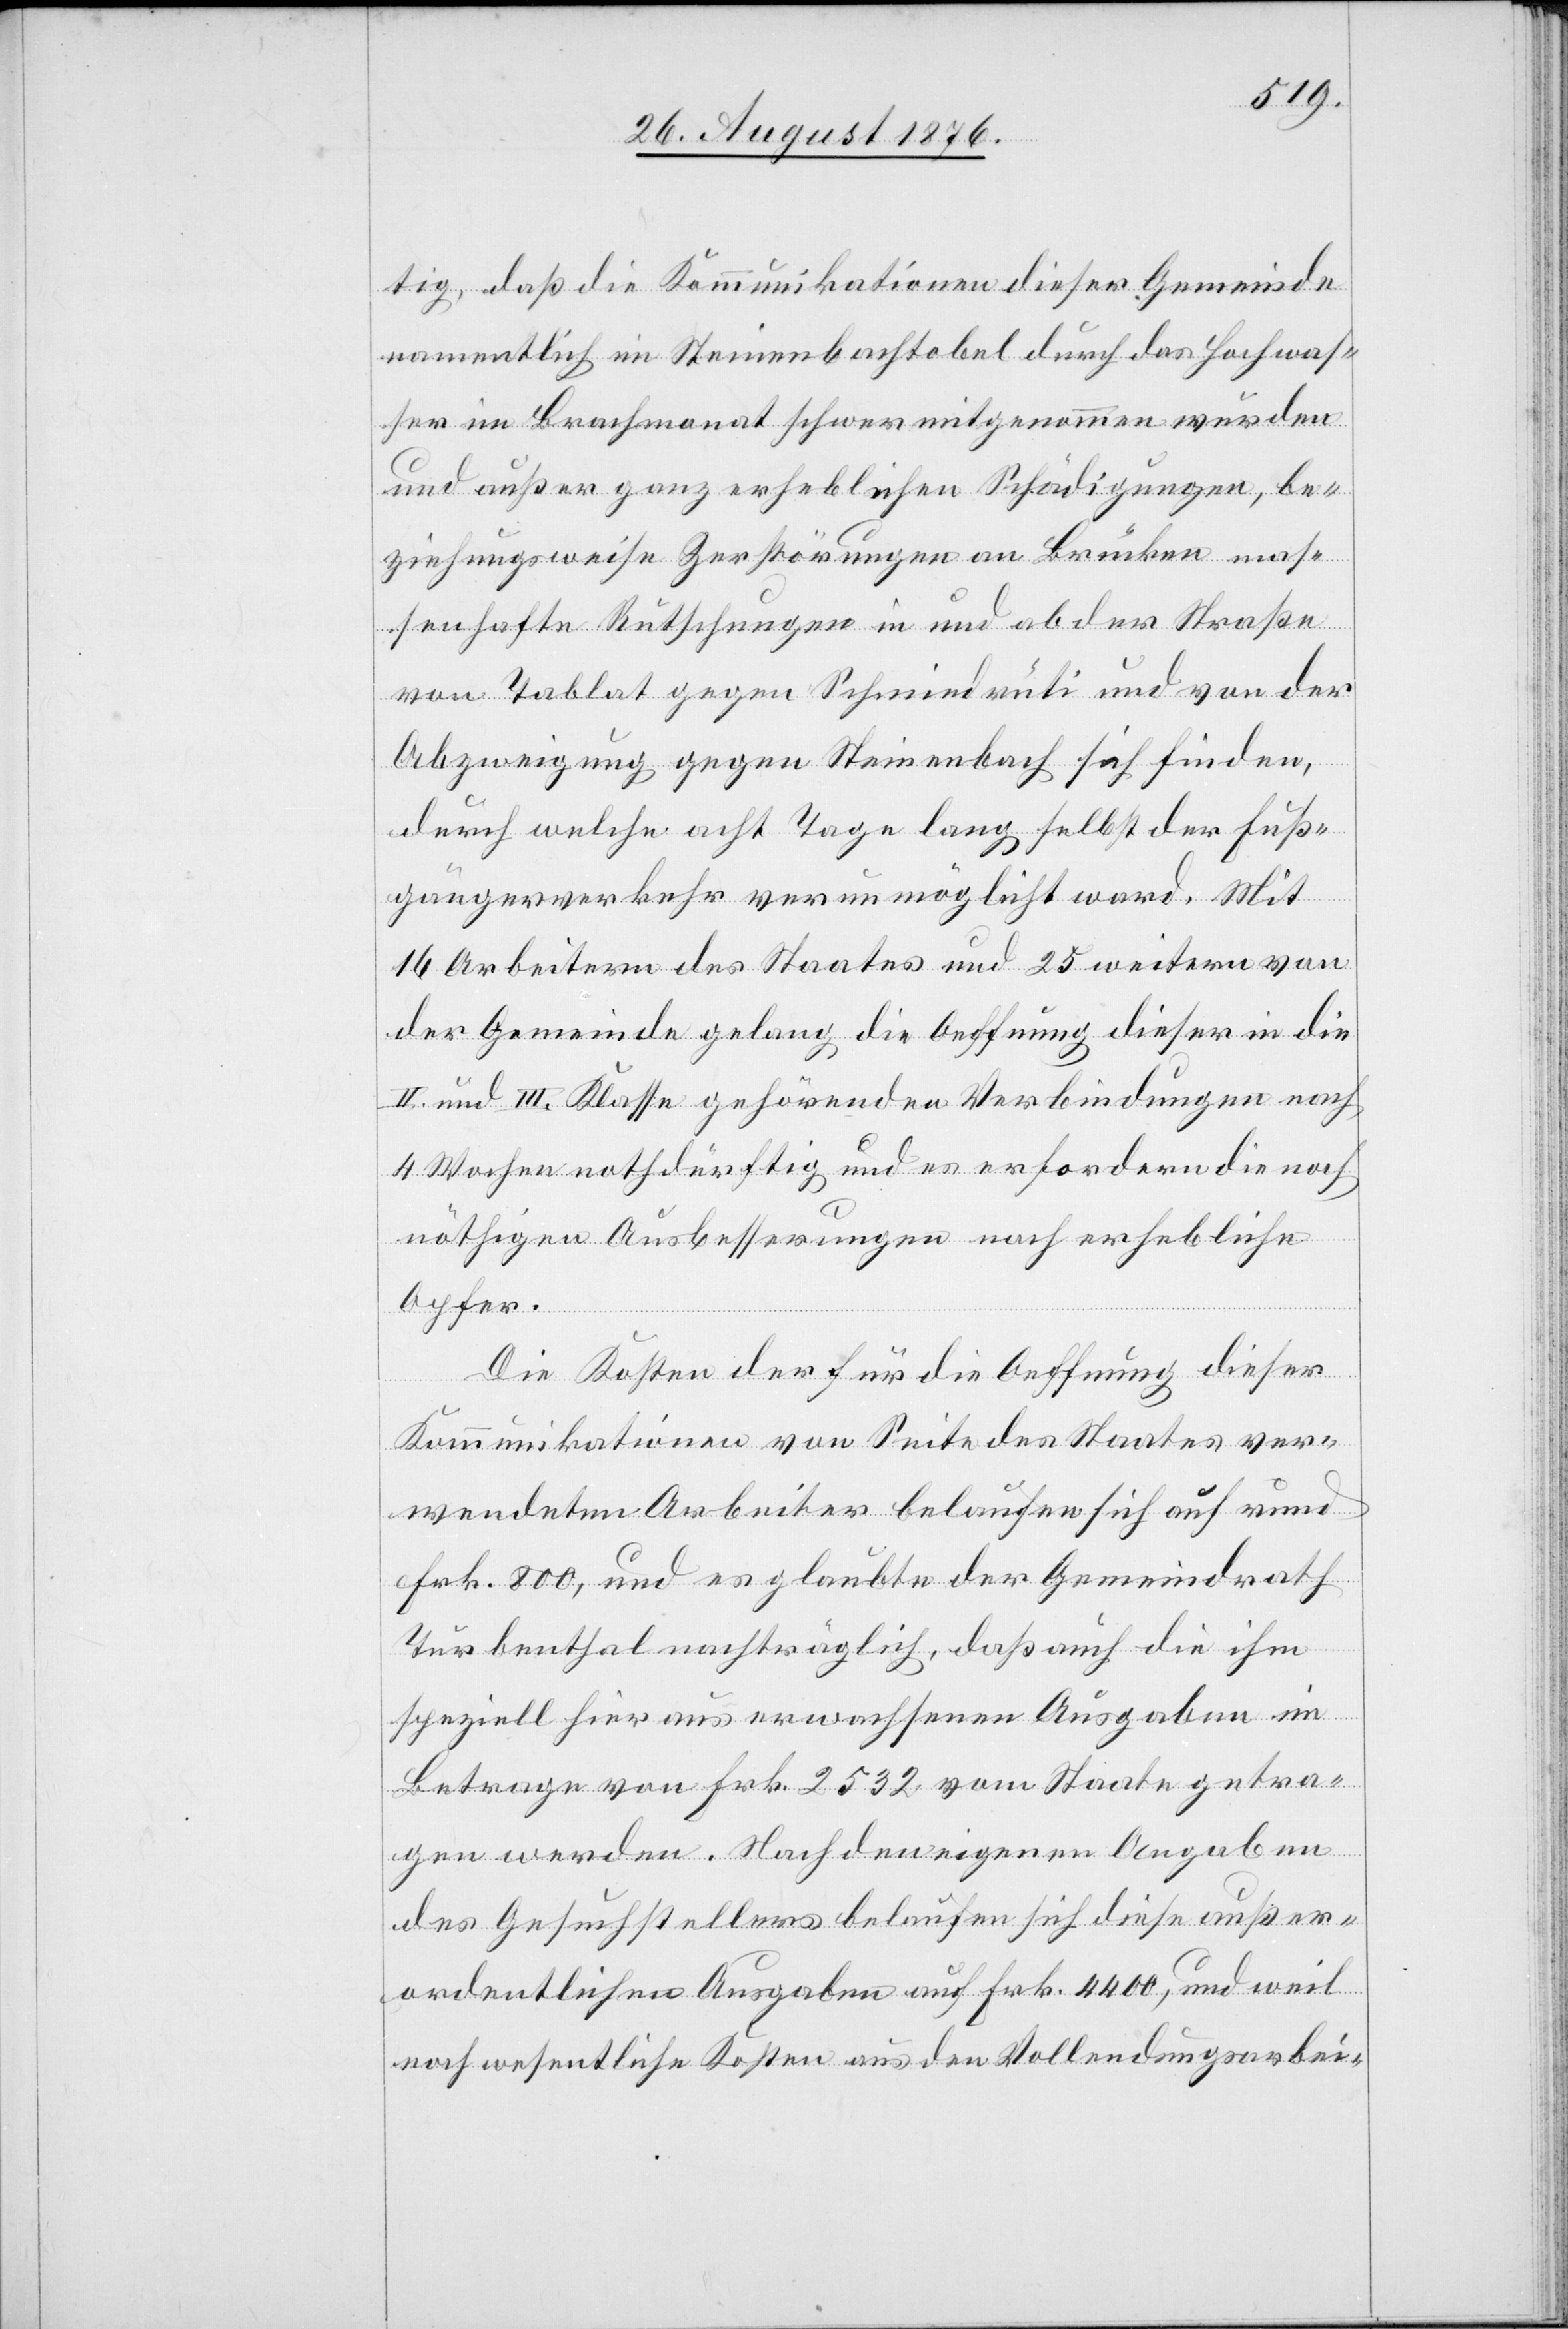
tig, daß die Kommunikationen dieser Gemeinde
namentlich in Steinenbachtobel durch das Hochwas¬
ser im Brachmonat schwer mitgenommen wurden
und außer ganz erheblichen Schädigungen, be¬
ziehungsweise Zerstörungen an Brücken mas¬
senhafte Rutschungen in und ob der Straße
von Tablat gegen Schmidrüti und von der
Abzweigung gegen Steinenbach sich finden,
durch welche acht Tage lang selbst der Fuß¬
gängerverkehr verunmöglicht ward. Mit
16 Arbeitern des Staates und 25 weitern von
der Gemeinde gelang die Oeffnung dieser in die
II. und III. Klasse gehörenden Verbindungen nach
4 Wochen nothdürftig und es erfordern die noch
nöthigen Ausbesserungen noch erhebliche
Opfer.
Die Kosten der für die Oeffnung dieser
Kommunikationen von Seite des Staates ver¬
wendeten Arbeiter belaufen sich auf rund.
Frk. 800, und es glaubte der Gemeindrath
Turbenthal nachträglich, daß auch die ihm
speziell hieraus erwachsenen Ausgaben im
Betrage von Frk. 2532 vom Staate getra¬
gen werden. Nach den eigenen Angaben
des Gesuchstellers belaufen sich diese außer¬
ordentlichen Ausgaben auf Frk. 4400, und weil
noch wesentliche Kosten aus den Vollendungsarbei-